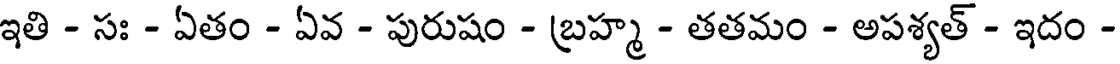
ఇతి - సః - ఏతం - ఏవ - పురుషం - బ్రహ్మ - తతమం - అపశ్యత్ - ఇదం -